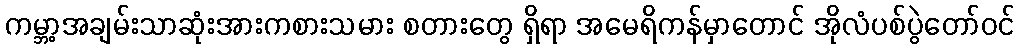
ကမ္ဘာ့အချမ်းသာဆုံးအားကစားသမား စတားတွေ ရှိရာ အမေရိကန်မှာတောင် အိုလံပစ်ပွဲတော်ဝင်